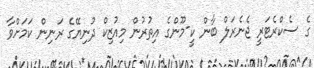
ގެ ސެކްރެޓަރީ ޖެނެރަލް ބާން ކީ-މޫންގެ އިތުރުން މިއުޒިކް ދުނިޔޭގެ ރަނިން ކަމަށްވާ